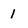
Character: 1